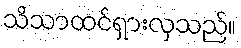
သိသာထင်ရှားလှသည်။